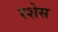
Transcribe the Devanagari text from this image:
रशेस